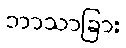
ဘာသာခြား